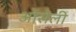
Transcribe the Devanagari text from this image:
ओंसेली